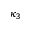
\kappa _ { 3 }